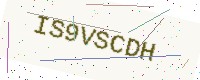
Text: IS9VSCDH